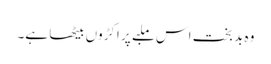
وہ بد بخت اس ملبے پر اکڑوں بیٹھا ہے۔